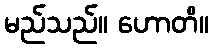
မည်သည်။ ဟောတိ။